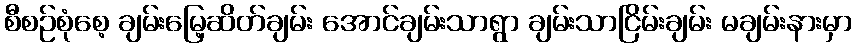
စီစဉ်စုံစေ့ ချမ်းမြေ့ဆိတ်ချမ်း အောင်ချမ်းသာရွာ ချမ်းသာငြိမ်းချမ်း မချမ်းနားမှာ